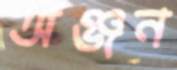
অঞ্জন